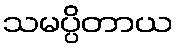
သမပ္ပိတာယ